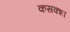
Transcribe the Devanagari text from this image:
कसक्शा